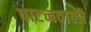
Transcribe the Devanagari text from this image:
पाटनवाली